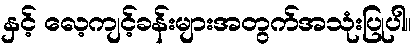
နှင့် လေ့ကျင့်ခန်းများအတွက်အသုံးပြုပါ။